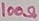
Text: 100Ω